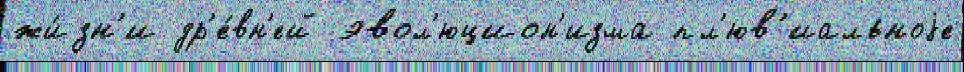
жи́зн'и др'е́вн'ей эвол'юцион'изма пл'юв'иальноjе